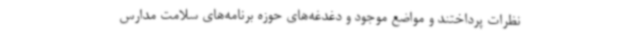
نظرات پرداختند و مواضع موجود و دغدغه‌های حوزه برنامه‌های سلامت مدارس